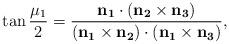
LaTeX: \begin{align*} \tan{\frac{\mu_1}2} = \frac{\bf{n}_1\cdot(\bf{n}_2\times\bf{n}_3)} {(\bf{n}_1\times\bf{n}_2)\cdot(\bf{n}_1\times\bf{n}_3)},\end{align*}